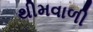
થીમવાળી